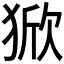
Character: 𰡚